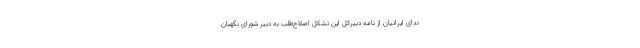
ندای ایرانیان از نامه دبیرکل این تشکل اصلاح‌طلب به دبیر شورای نگهبان